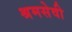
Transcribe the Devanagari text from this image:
श्रमसेवी